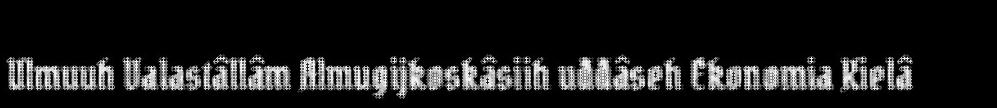
Ulmuuh Valastâllâm Almugijkoskâsiih uđđâseh Ekonomia Kielâ